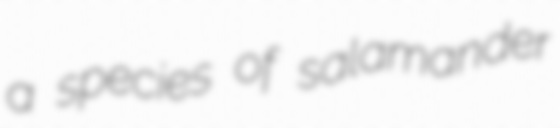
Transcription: a species of salamander